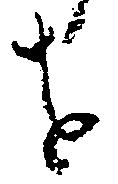
を